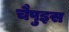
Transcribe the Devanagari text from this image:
चैपुइस